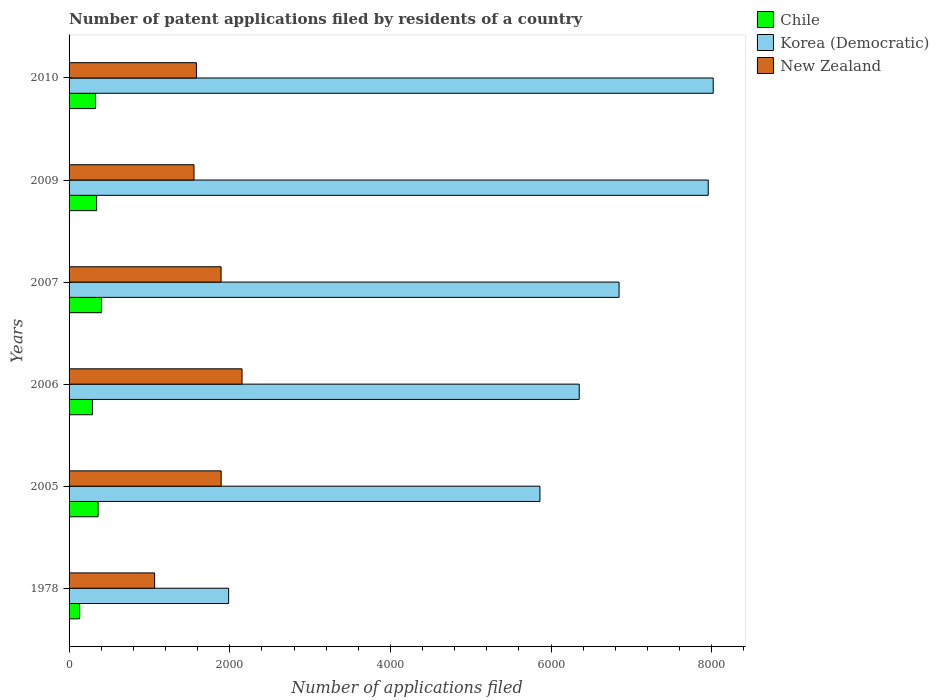
| Years | Chile | Korea (Democratic) | New Zealand |
 | --- | --- | --- | --- |
 | 1978 | 132 | 1.99e+03 | 1.06e+03 |
 | 2005 | 361 | 5.86e+03 | 1.89e+03 |
 | 2006 | 291 | 6.35e+03 | 2.15e+03 |
 | 2007 | 403 | 6.85e+03 | 1.89e+03 |
 | 2009 | 343 | 7.96e+03 | 1.56e+03 |
 | 2010 | 328 | 8.02e+03 | 1.58e+03 |